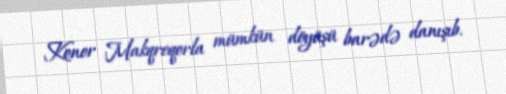
Konor Makqreqorla mümkün döyüşü barədə danışıb.